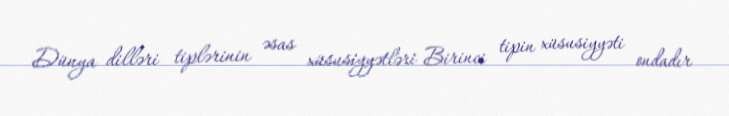
Dünya dilləri tiplərinin əsas xüsusiyyətləri Birinci tipin xüsusiyyəti ondadır